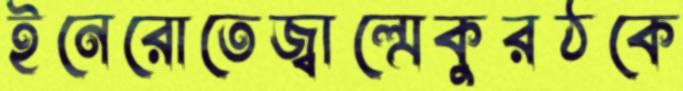
ইনেরোতেজ্বাল্‌মেকুরঠকে